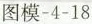
图模-4-18